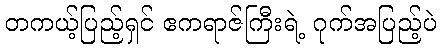
တကယ့်ပြည့်ရှင် ဧကရာဇ်ကြီးရဲ့ ဂုက်အပြည့်ပဲ